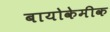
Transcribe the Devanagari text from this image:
बायोकेमीक